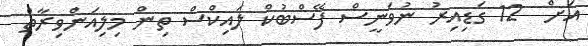
އަށް  12 ގަޑިއިރު ނުވަނީސް ފޭސްބުކް ލައިކްސް ތިން މިލިއަންވިރާތް